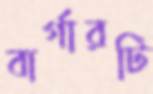
বার্গারটি